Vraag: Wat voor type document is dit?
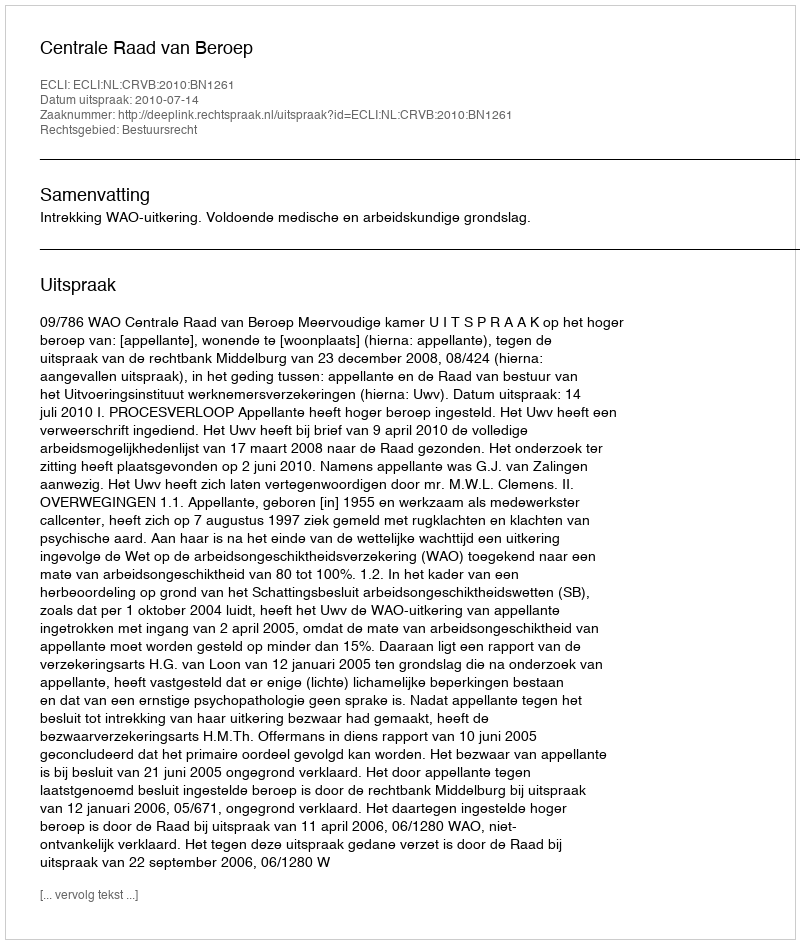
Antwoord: Uitspraak